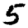
Digit: 5